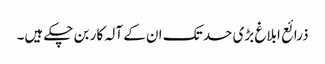
ذرائع ابلاغ بڑی حد تک ان کے آلہ کار بن چکے ہیں۔